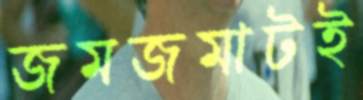
জমজমাটই